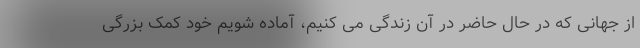
از جهانی که در حال حاضر در آن زندگی می کنیم، آماده شویم خود کمک بزرگی